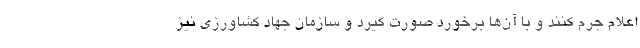
اعلام جرم کنند و با آن‌ها برخورد صورت گیرد و سازمان جهاد کشاورزی نیز